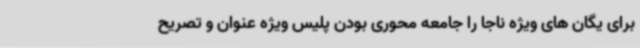
برای یگان های ویژه ناجا را جامعه محوری بودن پلیس ویژه عنوان و تصریح